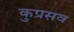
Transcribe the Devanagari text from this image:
कुप्रसव